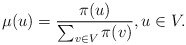
\begin{align*}\mu(u)=\frac{\pi(u)}{\sum_{v\in V}\pi(v)}, u\in V.\end{align*}